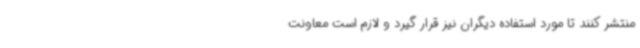
منتشر کنند تا مورد استفاده دیگران نیز قرار گیرد و لازم است معاونت